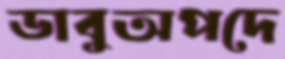
ডাবুঅপদে